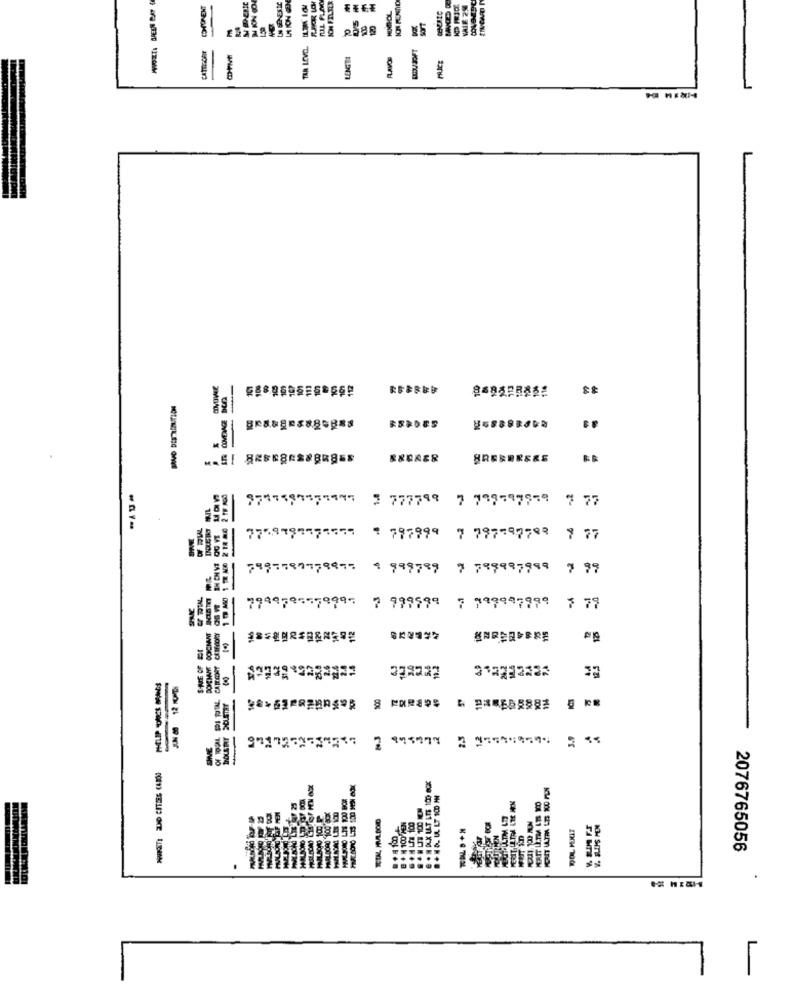
CHUNENT
ICH FILTER
a
TAR LEVEL.
LENGTH
おすすきずまずらばみますう
SREBERERS
: 777799 7 799599979 7 77
779793777555 % 797999 7 797597788 7 77
199 787779977 9 999789 9 799997999 , 99
7949781579997 7 999599 7 999997799 7 79
974
SINE
LO
S'S
POPULTM LE
885.
2076765056
L